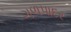
ગળપાદર